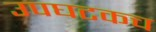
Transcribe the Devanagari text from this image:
उपघटकच